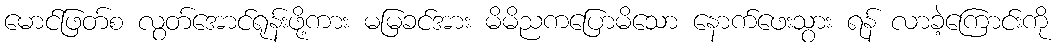
မောင်ဖြတ်စ လွတ်အောင်ရုန်းဖို့ကား မမြခင်အား မိမိညကပြောမိသော နောက်ဖေးသွား ရန် လာခဲ့ကြောင်းကို